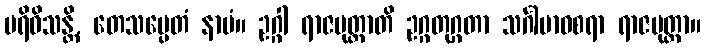
ပရိဝိသန္တိ, တေသမ္ပေတံ နာမံ။ ဥဂ္ဂါ ရာဇပုတ္တာတိ ဥဂ္ဂတုဂ္ဂတာ သင်္ဂါမာဝစရာ ရာဇပုတ္တာ။